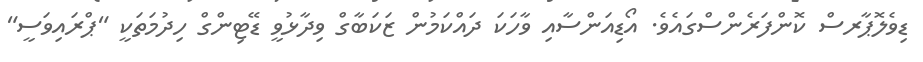
ޑިވެލޮޕާރސް ކޮންފަރެންސްގައެވެ. އޯޑިއަންސާއި ވާހަކަ ދައްކަމުން ޒަކަބާގް ވިދާޅުވީ ޑޭޓިންގް ހިދުމަތަކީ "ޕްރައިވަސީ"